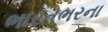
ભારતભરના